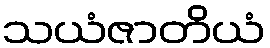
သယံဇာတိယံ